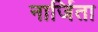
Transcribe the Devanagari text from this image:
नार्जिता